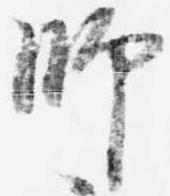
師